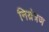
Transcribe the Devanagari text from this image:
निय़ंत्रण